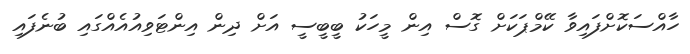
ހާއްސަކޮށްފައިވާ ކޭމްޕަކަށް ގޮސް އިން މީހަކު ބީބީސީ އަށް ދިން އިންޓަވިއުއެއްގައި ބުނެފައި